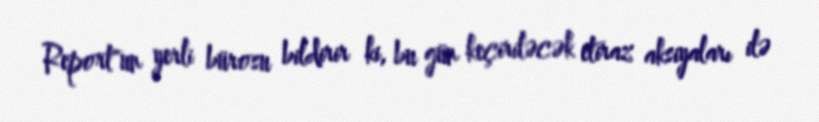
Report"un yerli bürosu bildirir ki, bu gün keçiriləcək etiraz aksiyaları ilə